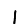
Digit: 1